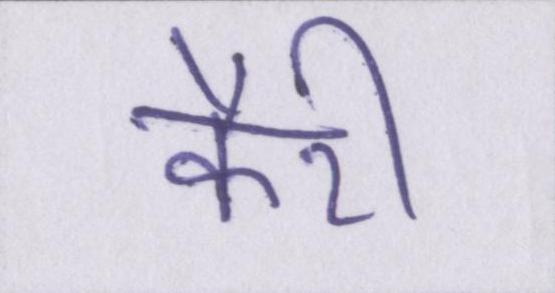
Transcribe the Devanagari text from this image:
कैरी